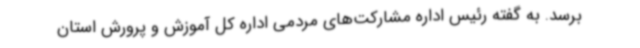
برسد. به گفته رئیس اداره مشارکت‌های مردمی اداره کل آموزش و پرورش استان